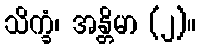
သိက္ခံ၊ အန္တိမာ (၂)။